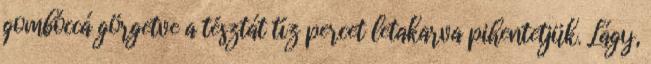
gombóccá görgetve a tésztát tíz percet letakarva pihentetjük. Lágy,